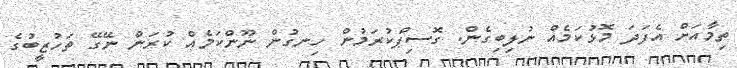
ތިމާއަށް އެފަދަ މޮޅުކަމެއް ނުލިބިގެން. ގޮސިޕްކުރަމުން ހިނގުން ނޫންކަމެއް ކުރަން ނޭގޭ ތަހުޒީބުގެ